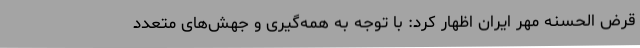
قرض الحسنه مهر ایران اظهار کرد: با توجه به همه‌گیری و جهش‌های متعدد